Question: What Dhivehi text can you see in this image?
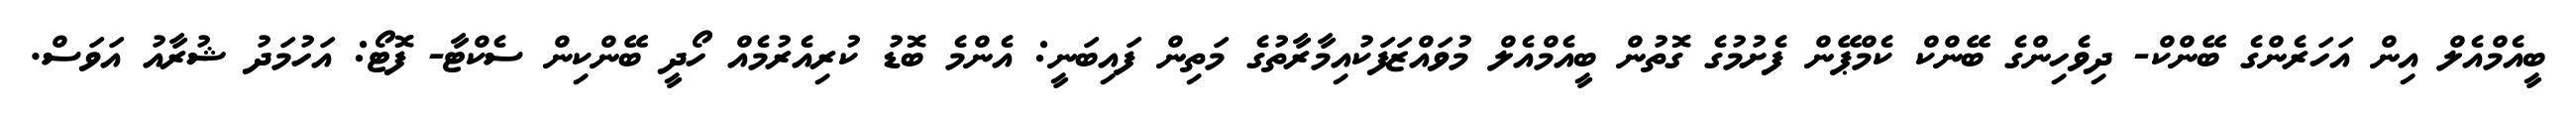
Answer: ބީއެމްއެލް އިން އަހަރެންގެ ބޭންކް- ދިވެހިންގެ ބޭންކް ކެމްޕޭން ފެށުމުގެ ގޮތުން ބީއެމްއެލް މުވައްޒަފަކުއިމާރާތުގެ މަތިން ފައިބަނީ: އެންމެ ބޮޑު ކުރިއެރުމެއް ހޯދީ ބޭންކިން ސެކްޓާ- ފޮޓޯ: އަހުމަދު ޝުރާއު އަވަސް.